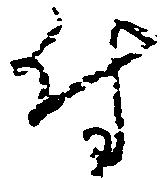
付